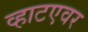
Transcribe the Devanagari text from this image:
व्हाटएवर